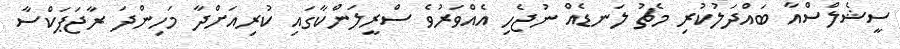
ސީޝެލްސްއާ ބައްދަލުކުރި މެޗު ލަނޑެއް ނުޖެހި އެއްވަރުވެ ސްރީލަންކާގައި ކުރިއަށްދާ މަހިންދަ ރާޖަޕަކްސާ